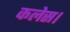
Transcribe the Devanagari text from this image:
कलेस।